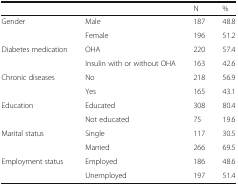
<table><thead><tr><td colspan="2"></td><td><b>N</b></td><td><b>%</b></td></tr></thead><tbody><tr><td rowspan="2">Gender</td><td>Male</td><td>187</td><td>48.8</td></tr><tr><td>Female</td><td>196</td><td>51.2</td></tr><tr><td rowspan="2">Diabetes medication</td><td>OHA</td><td>220</td><td>57.4</td></tr><tr><td>Insulin with or without OHA</td><td>163</td><td>42.6</td></tr><tr><td rowspan="2">Chronic diseases</td><td>No</td><td>218</td><td>56.9</td></tr><tr><td>Yes</td><td>165</td><td>43.1</td></tr><tr><td rowspan="2">Education</td><td>Educated</td><td>308</td><td>80.4</td></tr><tr><td>Not educated</td><td>75</td><td>19.6</td></tr><tr><td rowspan="2">Marital status</td><td>Single</td><td>117</td><td>30.5</td></tr><tr><td>Married</td><td>266</td><td>69.5</td></tr><tr><td rowspan="2">Employment status</td><td>Employed</td><td>186</td><td>48.6</td></tr><tr><td>Unemployed</td><td>197</td><td>51.4</td></tr></tbody></table>